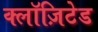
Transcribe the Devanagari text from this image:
क्लॉज़िटेड